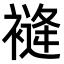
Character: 𧜨